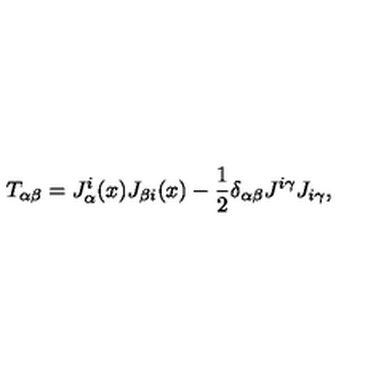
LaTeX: T _ { \alpha \beta } = J _ { \alpha } ^ { i } ( x ) J _ { \beta i } ( x ) - \frac { 1 } { 2 } \delta _ { \alpha \beta } J ^ { i \gamma } J _ { i \gamma } ,